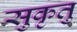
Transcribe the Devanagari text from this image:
सुकृतु